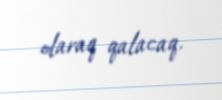
olaraq qalacaq.